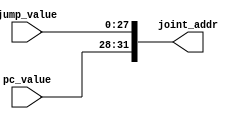
`timescale 1ns / 1ps
module joint (
    input [3:0] pc_value,
    input [27:0] jump_value,
    output [31:0] joint_addr
);
assign joint_addr={pc_value,jump_value};

endmodule //joint